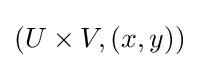
(U\times V,(x,y))